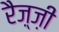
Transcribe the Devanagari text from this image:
रैज़्ज़ी